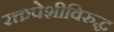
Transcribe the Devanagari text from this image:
रक्तपेशीविरुद्ध